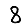
Digit: 8